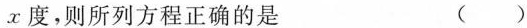
x度，则所列方程正确的是 ( )